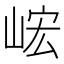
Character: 峵